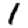
Digit: 1